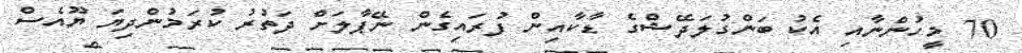
70 މީހުންނާއި އެކު ބަންގުލަދޭޝްގެ ޑާކާއިން ފުރައިގެން ނޭޕާލަށް ދަތުރު ކުރަމުންދިޔަ ޔޫއެސް